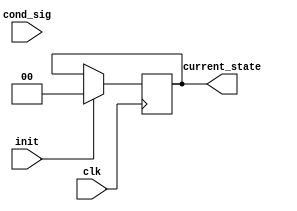
module pre_configured_state_init #(
    parameter STATE_WIDTH = 2,            // Width of the state register
    parameter INIT_STATE = 2'b00          // Pre-configured initial state
)(
    input wire clk,                        // Clock signal
    input wire init,                       // Control signal for initialization
    input wire [STATE_WIDTH-1:0] cond_sig,// Optional additional signals for conditional behavior
    output reg [STATE_WIDTH-1:0] current_state // Current state of the FSM
);

    // State register update logic
    always @(posedge clk) begin
        if (init) begin
            // Initialize to the pre-configured state
            current_state <= INIT_STATE;
        end else begin
            // Retain the previous state (normal operation)
            current_state <= current_state;
        end
    end

endmodule